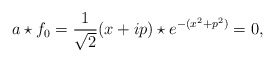
\begin{align*}a \star f_0= \frac{1}{\sqrt{2}} (x+ip) \star e^{-(x^2+p^2)}=0,\end{align*}